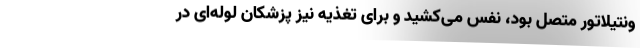
ونتیلاتور متصل بود، نفس می‌کشید و برای تغذیه نیز پزشکان لوله‌ای در